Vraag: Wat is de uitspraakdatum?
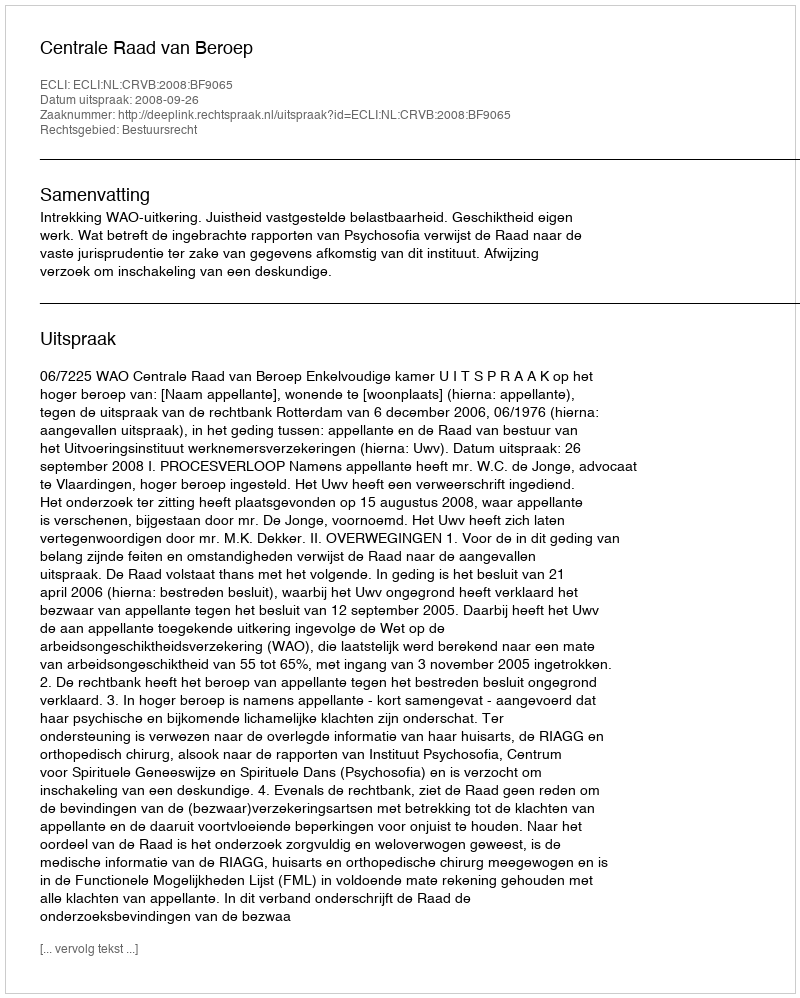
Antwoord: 2008-09-26